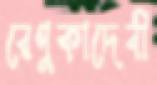
রেণুকাদেবী